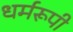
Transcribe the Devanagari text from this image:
धर्मरूपी